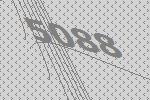
5088